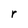
Character: r